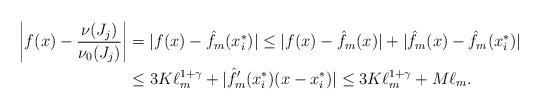
LaTeX: \begin{align*} \bigg|f(x)-\frac{\nu(J_j)}{\nu_0(J_j)}\bigg|&=|f(x)-\hat f_m(x_i^*)|\leq |f(x)-\hat f_m(x)|+|\hat f_m(x)-\hat f_m(x_i^*)|\\ & \leq 3K\ell_m^{1+\gamma}+ |\hat f_m'(x_i^*)(x-x_i^*)| \leq 3K\ell_m^{1+\gamma}+ M \ell_m. \end{align*}